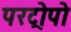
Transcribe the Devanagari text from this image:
परट्रोपो